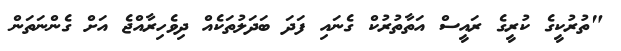
"ތުރުކީގެ ކުރީގެ ރައީސް އަތާތުރުކް ގެނައި ފަދަ ބަދަލުތަކެއް ދިވެހިރާއްޖެ އަށް ގެންނަތަން